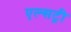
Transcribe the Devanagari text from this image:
एल्सट्री